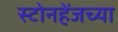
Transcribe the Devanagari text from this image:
स्टोनहेंजच्या